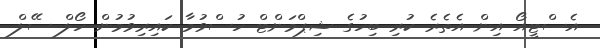
އެސްޓީއޯ އިން އެތެރެ ކުރި ބިހުގެ ޝިޕްމަންޓް ހުސްވުމާ ކައިރިވުމުން ހޯލް ސޭލް